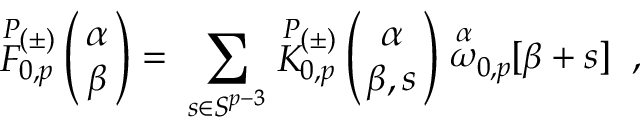
\stackrel { P } { \cal F } { } \! \! _ { 0 , p } ^ { ( \pm ) } \left( \begin{array} { c } { { \! \! \alpha \! \! } } \\ { { \! \! \beta \! \! } } \end{array} \right) = \; \sum _ { s \in { \cal S } ^ { p - 3 } } \stackrel { P } { K } { } \! \! _ { 0 , p } ^ { ( \pm ) } \left( \begin{array} { c } { { \! \! \alpha \! \! } } \\ { { \! \! \beta , s \! \! } } \end{array} \right) \stackrel { \alpha } { \omega } _ { 0 , p } \! \! \lbrack \beta + s \rbrack \; \; ,